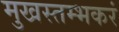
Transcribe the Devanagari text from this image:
मुखस्तम्भकरं